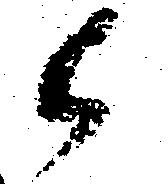
候